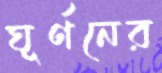
ঘূর্ণনের